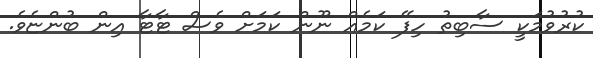
ކުރުވުމަކީ ސާބިތު ހިފޭ ކަމެއް ނޫން ކަމަށް ވެސް ޓާޓާ އިން ބުންޏެވެ.